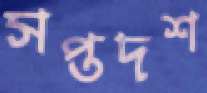
সপ্তদশ